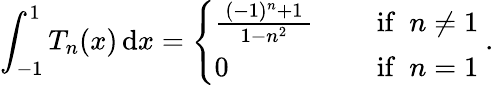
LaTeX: \int_{-1}^{1}T_{n}(x)\, \mathrm{d}x={\left\{ \begin{array}{ll}{{\frac{\, (-1)^{n}+1\, }{\, 1-n^{2}\, }}\quad}&{{\mathrm{~if~}}~n\neq 1}\\ {0\quad}&{{\mathrm{~if~}}~n=1}\end{array}\right.}~.